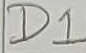
Text: D1